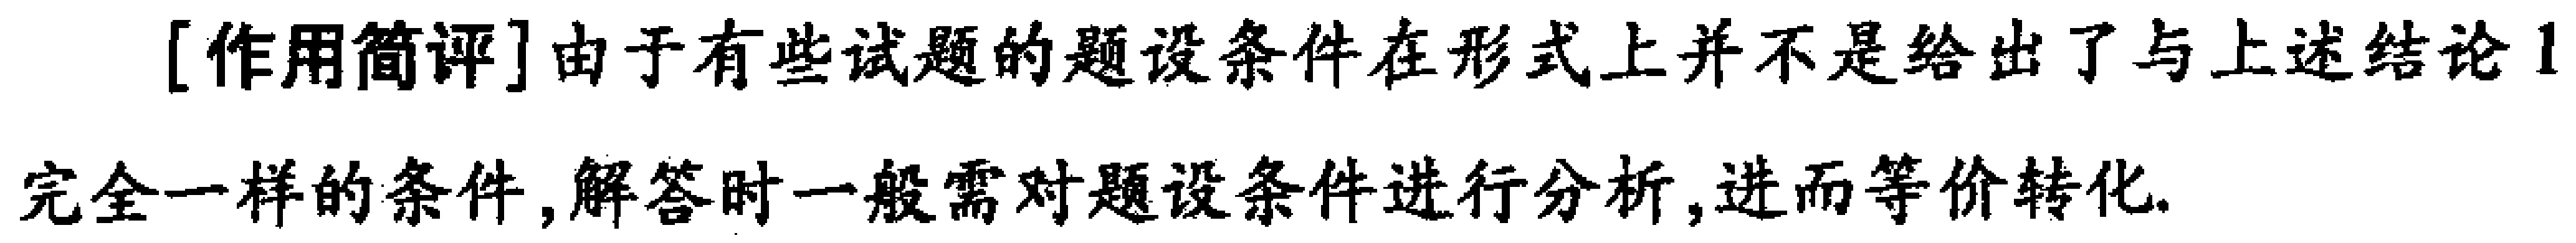
[作用简评]由于有些试题的题设条件在形式上并不是给出了与上述结论完全一样的条件,解答时一般需对题设条件进行分析,进而等价转化.